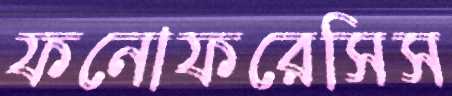
ফনোফরেসিস